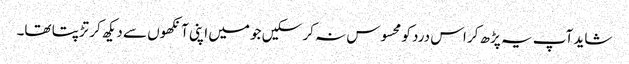
شاید آپ یہ پڑھ کر اس درد کو محسوس نہ کر سکیں جو میں اپنی آنکھوں سے دیکھ کر تڑپتا تھا۔